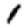
Digit: 1